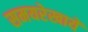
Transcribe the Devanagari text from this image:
समयरेखायें